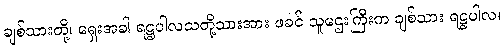
ချစ်သားတို့၊ ရှေးအခါ ရဋ္ဌပါလသတို့သားအား ဖခင် သူဌေးကြီးက ချစ်သား ရဋ္ဌပါလ၊